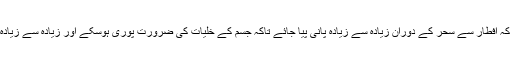
لہذا ضروری ہے کہ افطار سے سحر کے دوران زیادہ سے زیادہ پانی پیا جائے تاکہ جسم کے خلیات کی ضرورت پوری ہوسکے اور زیادہ سے زیادہ ٹوکسن خارج ہو ۔